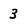
Character: 3